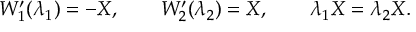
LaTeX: W _ { 1 } ^ { \prime } ( \lambda _ { 1 } ) = - X , \qquad W _ { 2 } ^ { \prime } ( \lambda _ { 2 } ) = X , \qquad \lambda _ { 1 } X = \lambda _ { 2 } X .